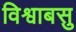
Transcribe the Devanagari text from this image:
विश्वाबसु